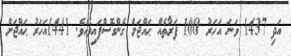
އަދި 1437 ވަނަ އަހަރު 100 ފަރާތެއް ޙައްޖަށް ގެންގޮސްފައިވެއެވެ. 1441އަހަރު ޙައްޖަށް